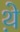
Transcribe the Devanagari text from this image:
थे़